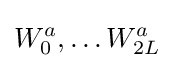
W_{0}^{a},\dots W_{2L}^{a}